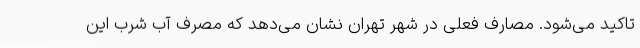
تاکید می‌شود. مصارف فعلی در شهر تهران نشان می‌دهد که مصرف آب شرب این